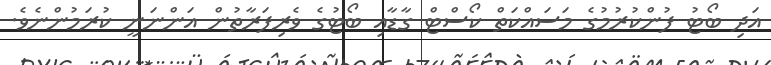
އަދި ބޯޓު ފުންކުރުމުގެ މަސައްކަތް ކޯސްޓް ގާޑާއި ބޯޓުގެ ވެރިފަރާތުން އަންނަނީ ކުރަމުންނެވެ.